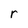
Character: r